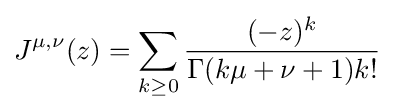
J^{\mu ,\nu }(z)=\sum _{k\geq 0}{\frac {(-z)^{k}}{\Gamma (k\mu +\nu +1)k!}}